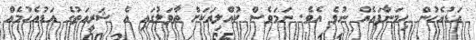
އަޑުއެހުން ހިމަނާފައެއް ނުވެ އެވެ. ނަމަވެސް ކުއްލިއަކަށް ތާވަލުގައި އެ ޝަރީއަތުގެ އަޑުއެހުމެއް